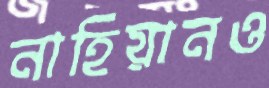
নাহিয়ানও